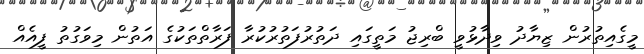
މީގެއިތުރުން ޒިޔާދު ވިދާޅުވީ ބްރިޖު މަތީގައި ދަތުރުފަތުރުކުރާ ފަރާތްތަކުގެ އަތުން މިވަގުތު ފީއެއް